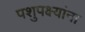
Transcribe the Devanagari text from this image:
पशुपक्ष्यांना